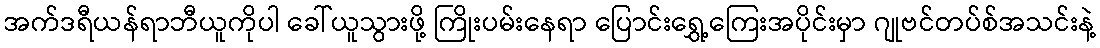
အက်ဒရီယန်ရာဘီယူကိုပါ ခေါ်ယူသွားဖို့ ကြိုးပမ်းနေရာ ပြောင်းရွှေ့ကြေးအပိုင်းမှာ ဂျုဗင်တပ်စ်အသင်းနဲ့